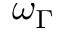
\omega _ { \Gamma }